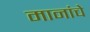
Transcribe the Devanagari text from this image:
मानांचे